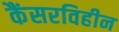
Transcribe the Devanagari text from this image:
कैंसरविहीन